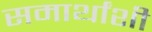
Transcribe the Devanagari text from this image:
समार्थांशी